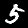
Digit: 5